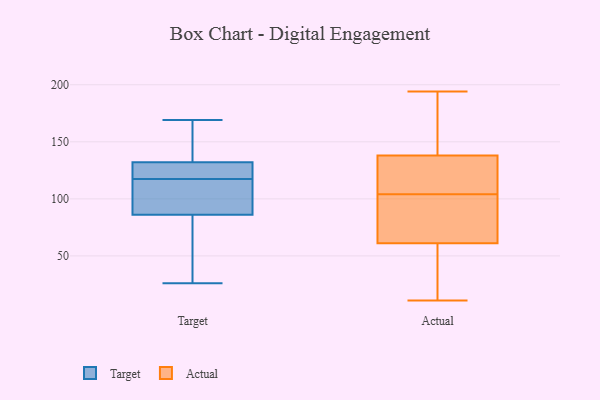
{"axis": {"x": "Latency (ms)", "y": "Value"}, "legend": ["Actual", "Target"], "data": [{"x": "", "y": 116, "type": "Target"}, {"x": "", "y": 86, "type": "Target"}, {"x": "", "y": 132, "type": "Target"}, {"x": "", "y": 26, "type": "Target"}, {"x": "", "y": 62, "type": "Target"}, {"x": "", "y": 119, "type": "Target"}, {"x": "", "y": 147, "type": "Target"}, {"x": "", "y": 169, "type": "Target"}, {"x": "", "y": 90, "type": "Target"}, {"x": "", "y": 129, "type": "Target"}, {"x": "", "y": 76, "type": "Actual"}, {"x": "", "y": 129, "type": "Actual"}, {"x": "", "y": 192, "type": "Actual"}, {"x": "", "y": 97, "type": "Actual"}, {"x": "", "y": 137, "type": "Actual"}, {"x": "", "y": 138, "type": "Actual"}, {"x": "", "y": 194, "type": "Actual"}, {"x": "", "y": 61, "type": "Actual"}, {"x": "", "y": 61, "type": "Actual"}, {"x": "", "y": 39, "type": "Actual"}, {"x": "", "y": 11, "type": "Actual"}, {"x": "", "y": 138, "type": "Actual"}, {"x": "", "y": 58, "type": "Actual"}, {"x": "", "y": 187, "type": "Actual"}, {"x": "", "y": 104, "type": "Actual"}]}